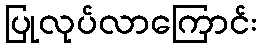
ပြုလုပ်လာကြောင်း